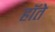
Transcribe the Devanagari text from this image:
हॉते